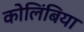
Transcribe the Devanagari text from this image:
कोलिंबिया